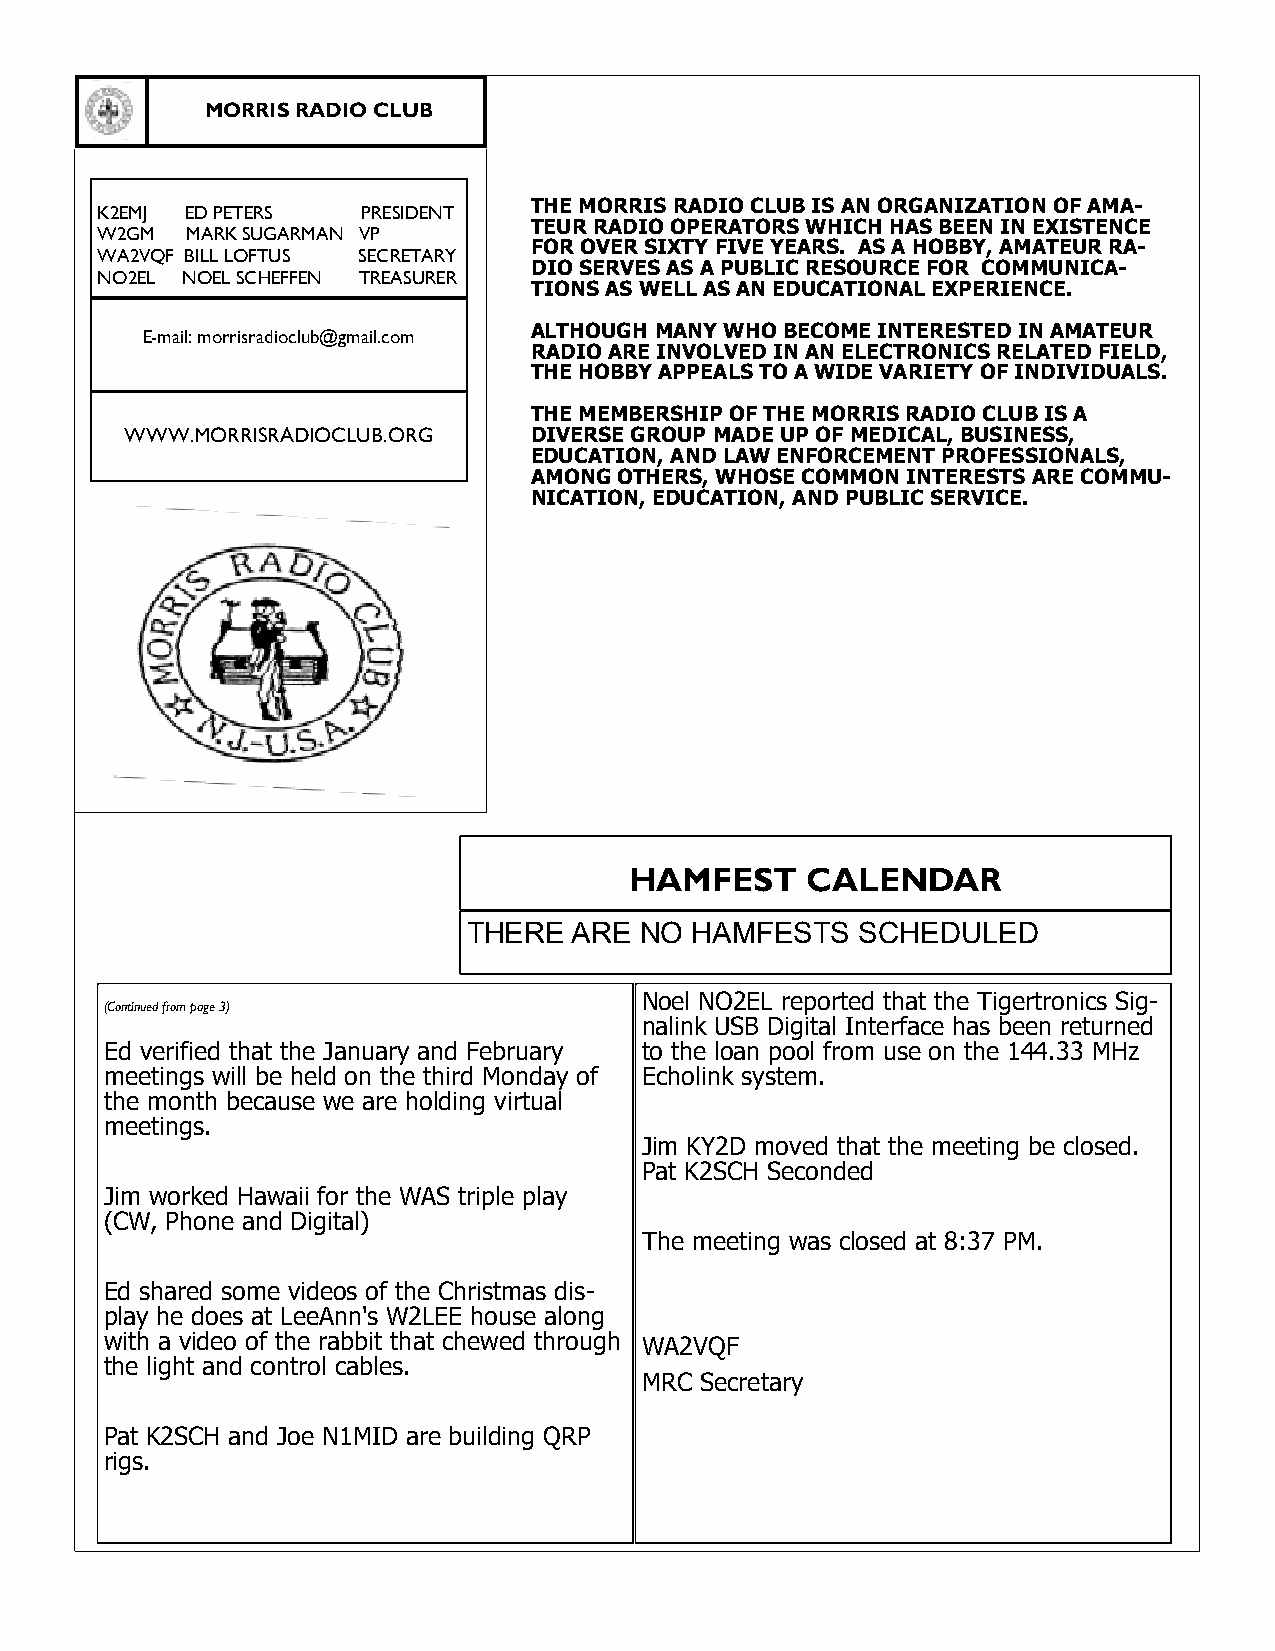
MORRIS RADIO CLUB
 THE MORRIS RADIO CLUB IS AN ORGANIZATION OF AMA-
 K2EMJ ED PETERS   PRESIDENT
 TEUR RADIO OPERATORS WHICH HAS BEEN IN EXISTENCE
 W2GM  MARK SUGARMAN VP
 FOR OVER SIXTY FIVE YEARS. AS A HOBBY, AMATEUR RA-
 WA2VQF BILL LOFTUS SECRETARY
 DIO SERVES AS A PUBLIC RESOURCE FOR COMMUNICA-
 NO2EL NOEL SCHEFFEN TREASURER
 TIONS AS WELL AS AN EDUCATIONAL EXPERIENCE.
 ALTHOUGH MANY WHO BECOME INTERESTED IN AMATEUR
 E-mail: morrisradioclub@gmail.com
 RADIO ARE INVOLVED IN AN ELECTRONICS RELATED FIELD,
 THE HOBBY APPEALS TO A WIDE VARIETY OF INDIVIDUALS.
 THE MEMBERSHIP OF THE MORRIS RADIO CLUB IS A
 WWW.MORRISRADIOCLUB.ORG    DIVERSE GROUP MADE UP OF MEDICAL, BUSINESS,
 EDUCATION, AND LAW ENFORCEMENT PROFESSIONALS,
 AMONG OTHERS, WHOSE COMMON INTERESTS ARE COMMU-
 NICATION, EDUCATION, AND PUBLIC SERVICE.
 HAMFEST    CALENDAR
 THERE  ARE NO  HAMFESTS   SCHEDULED
 Noel NO2EL reported that the Tigertronics Sig-
 (Continued from page 3)
 nalink USB Digital Interface has been returned
 Ed verified that the January and February to the loan pool from use on the 144.33 MHz
 meetings will be held on the third Monday of Echolink system.
 the month because we are holding virtual
 meetings.
 Jim KY2D moved that the meeting be closed.
 Pat K2SCH Seconded
 Jim worked Hawaii for the WAS triple play
 (CW, Phone and Digital)
 The meeting was closed at 8:37 PM.
 Ed shared some videos of the Christmas dis-
 play he does at LeeAnn's W2LEE house along
 with a video of the rabbit that chewed through WA2VQF
 the light and control cables.
 MRC Secretary
 Pat K2SCH and Joe N1MID are building QRP
 rigs.